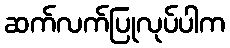
ဆက်လက်ပြုလုပ်ပါက